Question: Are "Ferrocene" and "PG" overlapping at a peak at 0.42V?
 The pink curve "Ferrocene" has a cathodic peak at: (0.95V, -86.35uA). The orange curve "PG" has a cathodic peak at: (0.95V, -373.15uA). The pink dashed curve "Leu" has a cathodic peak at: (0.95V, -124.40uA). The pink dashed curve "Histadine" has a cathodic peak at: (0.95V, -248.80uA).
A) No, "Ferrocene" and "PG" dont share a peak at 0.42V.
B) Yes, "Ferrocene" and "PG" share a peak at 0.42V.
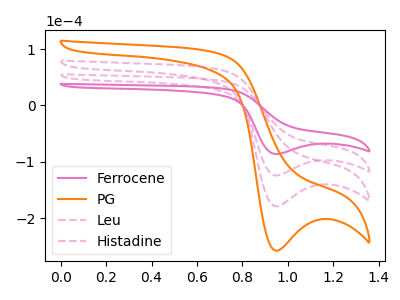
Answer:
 <answer>A) No, "Ferrocene" and "PG" dont share a peak at 0.42V.</answer>
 <eval>A</eval>